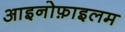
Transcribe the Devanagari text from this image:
आइनोफ़ाइलम